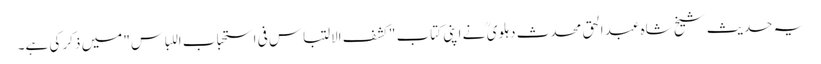
یہ حدیث شیخ شاہ عبد الحق محدث دہلوی ؒ نے اپنی کتاب "کشف الالتباس فی استحباب اللباس" میں ذکر کی ہے۔